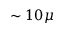
\sim 1 0 \mu